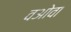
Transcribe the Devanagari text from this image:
वओवा